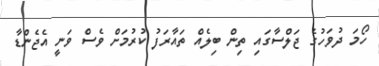
ހޯމަ ދުވަހުގެ ޖަލްސާގައި ތިން ބިލެއް ތައާރަފު ކުރުމަށް ވެސް ވަނީ އެޖެންޑާ